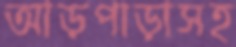
আড়পাড়াসহ